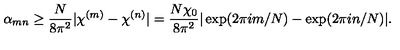
\alpha _ { m n } \geq \frac { N } { 8 \pi ^ { 2 } } | \chi ^ { ( m ) } - \chi ^ { ( n ) } | = \frac { N \chi _ { 0 } } { 8 \pi ^ { 2 } } | \exp ( 2 \pi i m / N ) - \exp ( 2 \pi i n / N ) | .